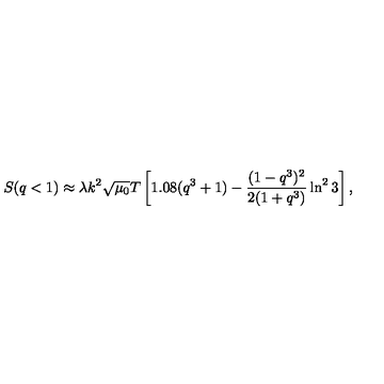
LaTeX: S ( q < 1 ) \approx \lambda k ^ { 2 } \sqrt { \mu _ { 0 } } T \left[ 1 . 0 8 ( q ^ { 3 } + 1 ) - \frac { ( 1 - q ^ { 3 } ) ^ { 2 } } { 2 ( 1 + q ^ { 3 } ) } \ln ^ { 2 } 3 \right] ,